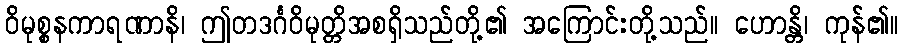
ဝိမုစ္စနကာရဏာနိ၊ ဤတဒင်္ဂဝိမုတ္တိအစရှိသည်တို့၏ အကြောင်းတို့သည်။ ဟောန္တိ၊ ကုန်၏။